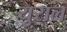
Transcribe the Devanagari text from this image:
युराल